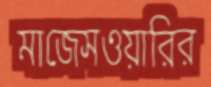
মাজেসওয়ারির